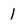
Character: 1